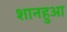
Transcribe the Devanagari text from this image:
शानहुआ